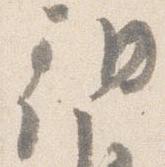
朝